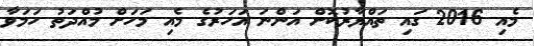
މެއި 2016 ގައި ތައްޔާރުކޮށް އަންނަ އަހަރުގެ މެއި މަހަށް މުއްދަތު ހަމަވާ